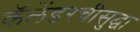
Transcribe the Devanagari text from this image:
कॅलेंडरचीसुद्घा